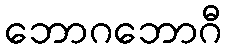
ဘောဂဘောဂီ